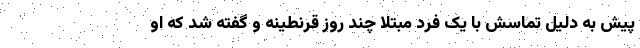
پیش به دلیل تماسش با یک فرد مبتلا چند روز قرنطینه و گفته شد که او